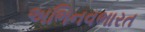
અભિનવભારત